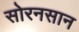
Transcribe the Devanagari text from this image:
सोरनसान